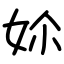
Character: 㚷